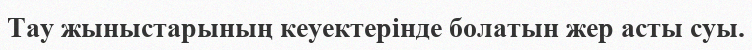
Тау жыныстарының кеуектерінде болатын жер асты суы.